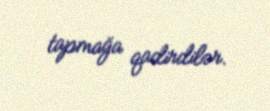
tapmağa qadirdilər.